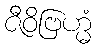
ဇီဝိဗြဟ္မံ